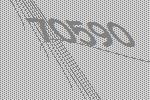
70590